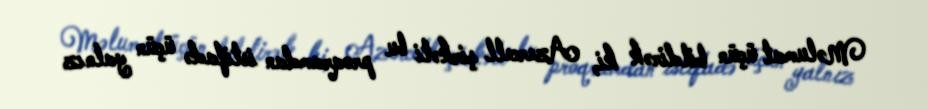
Məlumat üçün bildirək ki, Azercell şirkəti bu proqramdan istifadə üçün yalnız